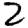
Digit: 2